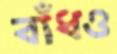
বাঁধও